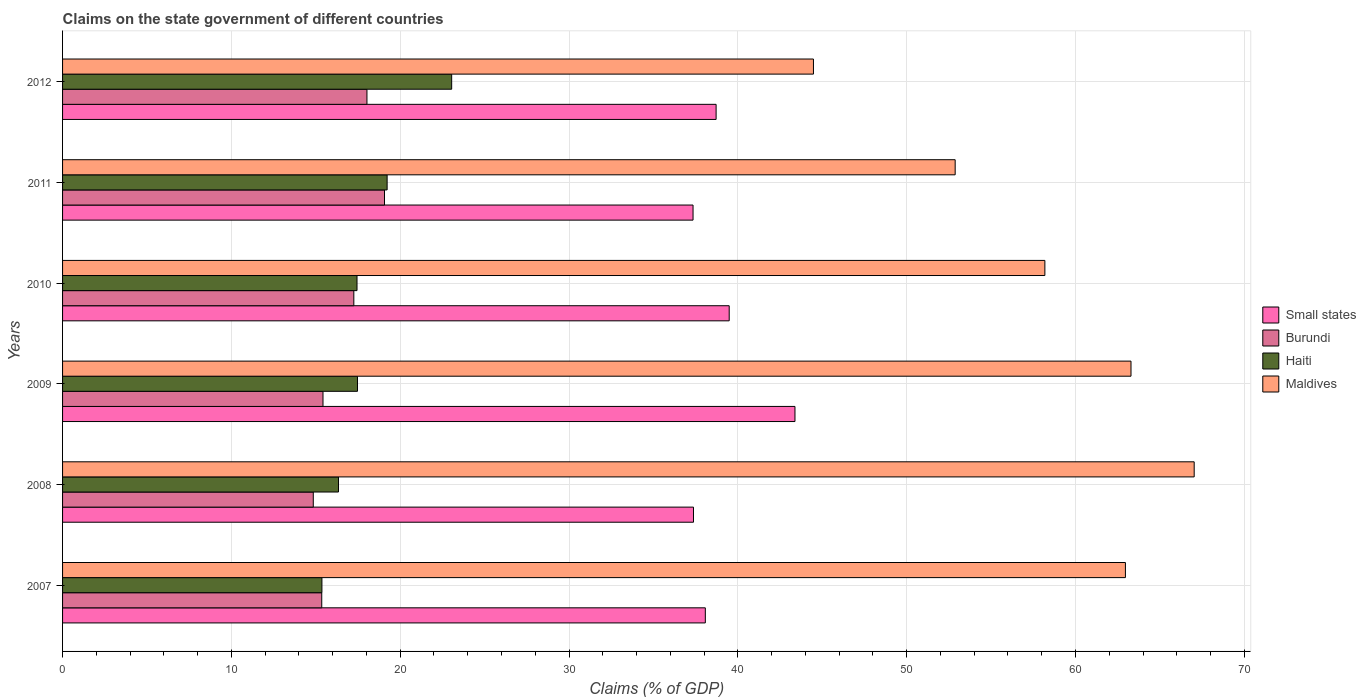
| Years | Small states | Burundi | Haiti | Maldives |
 | --- | --- | --- | --- | --- |
 | 2007 | 38.1 | 15.4 | 15.4 | 63 |
 | 2008 | 37.4 | 14.9 | 16.3 | 67 |
 | 2009 | 43.4 | 15.4 | 17.5 | 63.3 |
 | 2010 | 39.5 | 17.3 | 17.4 | 58.2 |
 | 2011 | 37.3 | 19.1 | 19.2 | 52.9 |
 | 2012 | 38.7 | 18 | 23 | 44.5 |